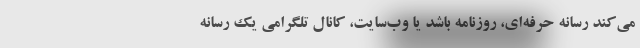
می‌کند رسانه حرفه‌ای، روزنامه باشد یا وب‌سایت، کانال تلگرامی یک رسانه